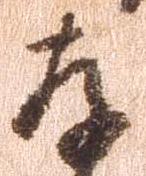
存